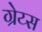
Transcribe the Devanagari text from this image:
ग्रेय्स